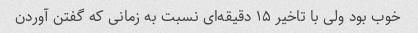
خوب بود ولی با تاخیر ۱۵ دقیقه‌ای نسبت به زمانی که گفتن آوردن